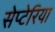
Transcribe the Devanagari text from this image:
सेप्टेरिया